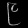
Digit: ၉